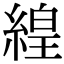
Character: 𬗬